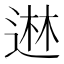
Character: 䢞